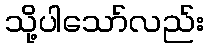
သို့ပါသော်လည်း